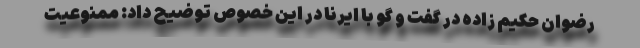
رضوان حکیم زاده در گفت و گو با ایرنا در این خصوص توضیح داد: ممنوعیت